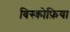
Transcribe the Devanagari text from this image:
बिस्कोफ़िया